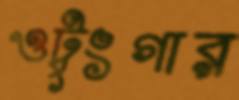
ওটুংগার